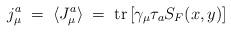
LaTeX: \begin{align*}j_\mu^a \;=\; \langle J_\mu^a \rangle \;=\; {\rm tr} \left[\gamma_\mu \tau_a S_F (x , y) \right]\end{align*}